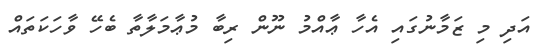
އަދި މި ޒަމާނުގައި އެހާ ޢާއްމު ނޫން ރިބާ މުޢާމަލާތާ ބެހޭ ވާހަކަތައް